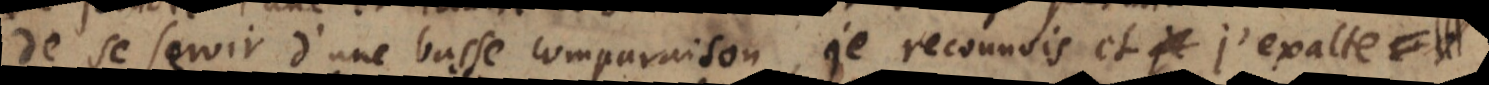
de se servir d’une basse comparaison, je reconnois et admire